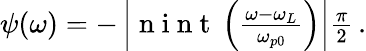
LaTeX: \begin{array}{r}{\psi(\omega)=-\left|\mathrm{~n~i~n~t~}\left(\frac{\omega-\omega_{L}}{\omega_{p0}}\right)\right|\frac{\pi}{2}\, .}\end{array}